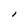
Character: l